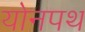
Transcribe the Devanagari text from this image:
योनपथ